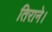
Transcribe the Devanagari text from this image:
तिराने।